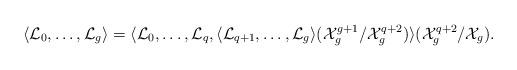
LaTeX: \begin{align*}\langle \mathcal{L}_0,\dots,\mathcal{L}_g\rangle=\langle\mathcal{L}_0,\dots,\mathcal{L}_q,\langle \mathcal{L}_{q+1},\dots,\mathcal{L}_{g}\rangle(\mathcal{X}_g^{g+1}/\mathcal{X}_g^{q+2})\rangle (\mathcal{X}_g^{q+2}/\mathcal{X}_g).\end{align*}